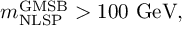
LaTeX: m _ { \mathrm { N L S P } } ^ { \mathrm { G M S B } } > 1 0 0 ~ \mathrm { G e V } ,